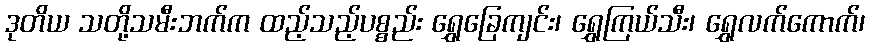
ဒုတိယ သတို့သမီးဘက်က ထည့်သည့်ပစ္စည်း ရွှေခြေကျင်း၊ ရွှေကြယ်သီး၊ ရွှေလက်ကောက်၊